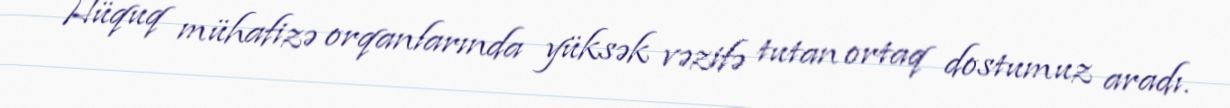
Hüquq mühafizə orqanlarında yüksək vəzifə tutan ortaq dostumuz aradı.